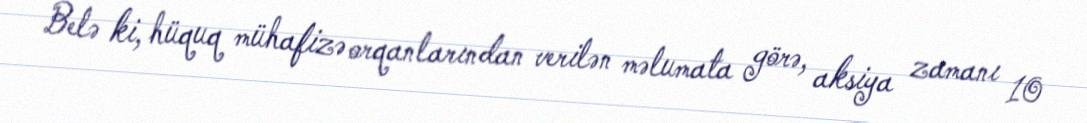
Belə ki, hüquq mühafizə orqanlarından verilən məlumata görə, aksiya zamanı 10